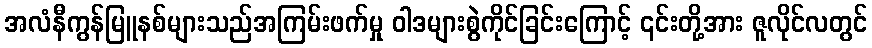
အလံနီကွန်မြူနစ်များသည်အကြမ်းဖက်မှု ဝါဒများစွဲကိုင်ခြင်းကြောင့် ၎င်းတို့အား ဇူလိုင်လတွင်